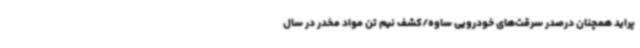
پراید همچنان درصدر سرقت‌های خودرویی ساوه/کشف نیم تن مواد مخدر در سال